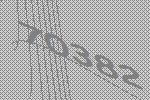
70382